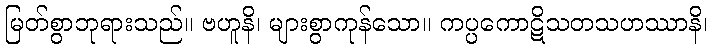
မြတ်စွာဘုရားသည်။ ဗဟူနိ၊ များစွာကုန်သော။ ကပ္ပကောဋိသတသဟဿာနိ၊